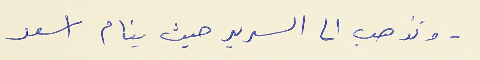
- وتذهب الى السرير حيث ينام اسعد